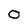
Character: 0